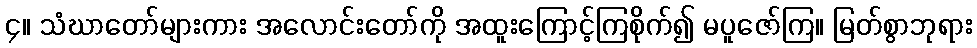
၄။ သံဃာတော်များကား အလောင်းတော်ကို အထူးကြောင့်ကြစိုက်၍ မပူဇော်ကြ။ မြတ်စွာဘုရား